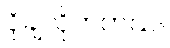
ငိုချလိုက်တယ်။